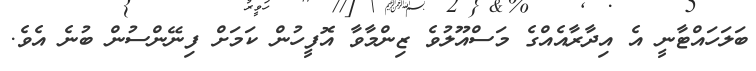
ބަލަހައްޓާނީ އެ އިދާރާއެއްގެ މަސްއޫލުވެ ޒިންމާވާ އޮފީހުން ކަމަށް ފިނޭންސުން ބުނެ އެވެ.